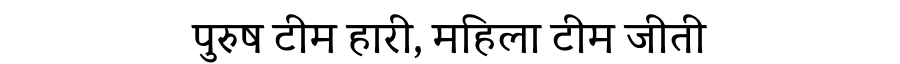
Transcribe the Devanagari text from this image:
पुरुष टीम हारी, महिला टीम जीती